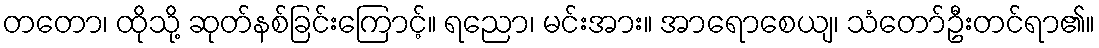
တတော၊ ထိုသို့ ဆုတ်နစ်ခြင်းကြောင့်။ ရညော၊ မင်းအား။ အာရောစေယျ၊ သံတော်ဦးတင်ရာ၏။